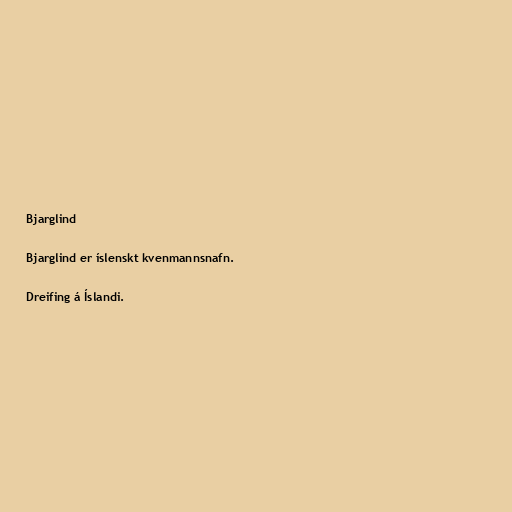
Bjarglind

Bjarglind er íslenskt kvenmannsnafn.

Dreifing á Íslandi.